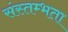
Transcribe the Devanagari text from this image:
संस्तम्भता